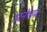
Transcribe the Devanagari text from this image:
उंटनीच्या